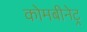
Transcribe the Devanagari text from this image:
कोमबीनेट्र